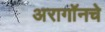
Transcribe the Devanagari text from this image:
अरागॉनचे